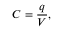
C = { \frac { q } { V } } ,